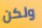
ولكن